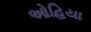
ઓહિયા